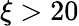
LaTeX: \xi>20